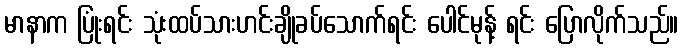
မာနာက ပြုံးရင်း သုံးထပ်သားဟင်းချိုခပ်သောက်ရင်း ပေါင်မုန့် ရင်း ပြောလိုက်သည်။